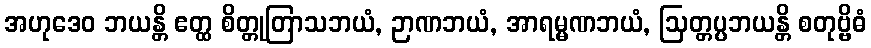
အဟုဒေဝ ဘယန္တိ ဧတ္ထ စိတ္တုတြာသဘယံ, ဉာဏဘယံ, အာရမ္မဏဘယံ, ဩတ္တပ္ပဘယန္တိ စတုဗ္ဗိဓံ